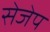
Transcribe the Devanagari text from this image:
सेजेप